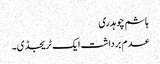
ہاشم چوہدری
عدم برداشت ایک ٹریجڈی۔